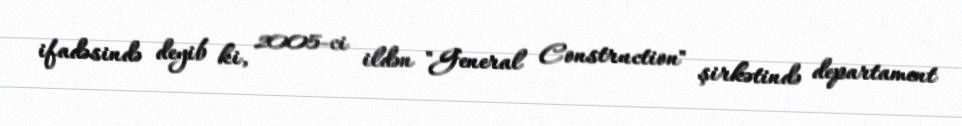
ifadəsində deyib ki, 2005-ci ildən "General Construction" şirkətində departament